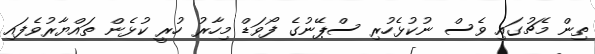
ތިން މެޗުގައި ވެސް ނުކުޅެހުރި ސްޕޭނުގެ ފޯވަޑް މިހާރު ހުރީ ކުޅެން ތައްޔާރުވެފައި